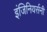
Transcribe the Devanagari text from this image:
इंजिनियर्सनी